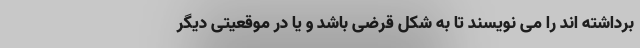
برداشته اند را می نویسند تا به شکل قرضی باشد و یا در موقعیتی دیگر